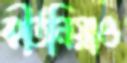
কীর্তনিয়াও